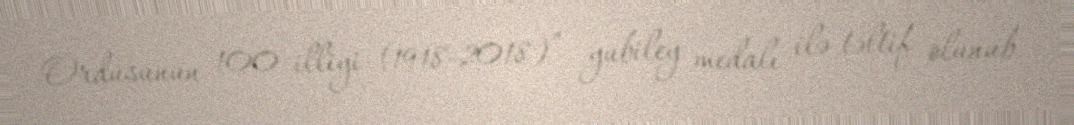
Ordusunun 100 illiyi (1918-2018)” yubiley medalı ilə təltif olunub.